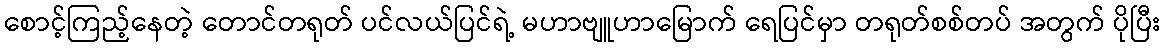
စောင့်ကြည့်နေတဲ့ တောင်တရုတ် ပင်လယ်ပြင်ရဲ့ မဟာဗျူဟာမြောက် ရေပြင်မှာ တရုတ်စစ်တပ် အတွက် ပိုပြီး